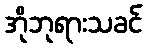
အိုဘုရားသခင်